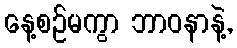
နေ့စဉ်မကွာ ဘာဝနာနဲ့,